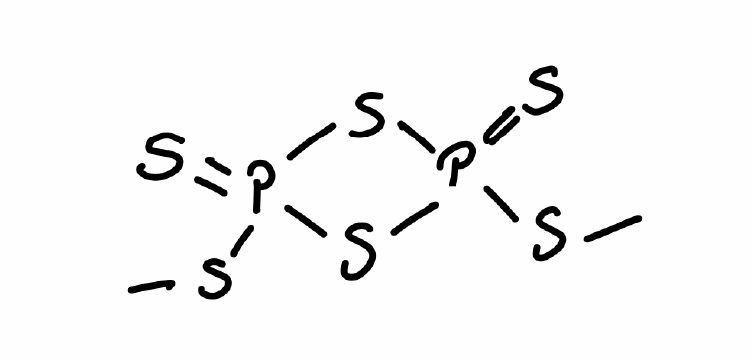
Simplified molecular-input line-entry system (SMILES) notation of the given molecule:
CSP1(=S)SP(=S)(S1)SC